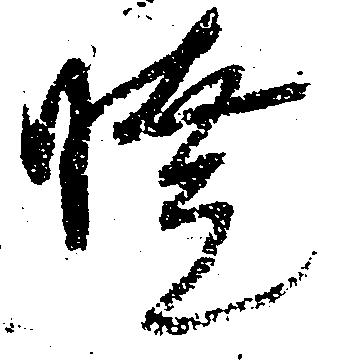
暁